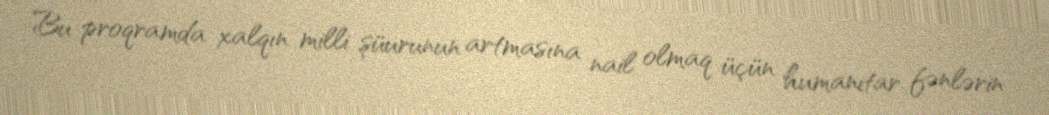
Bu proqramda xalqın milli şüurunun artmasına nail olmaq üçün humanitar fənlərin